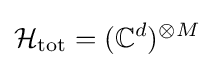
{\mathcal {H}}_{\rm {tot}}=(\mathbb {C} ^{d})^{\otimes M}